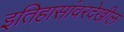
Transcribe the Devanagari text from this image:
इतिहासांवरदेखील